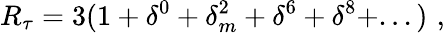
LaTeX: R_{\tau}=3(1+\delta^{0}+\delta_{m}^{2}+\delta^{6}+\delta^{8}+...)\, \, ,